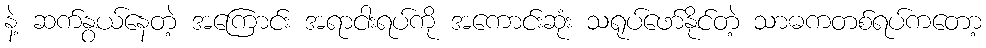
နဲ့ ဆက်နွယ်နေတဲ့ အကြောင်း အရာငါးရပ်ကို အကောင်းဆုံး သရုပ်ဖော်နိုင်တဲ့ သာဓကတစ်ရပ်ကတော့